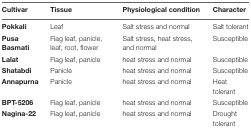
<table><thead><tr><td><b>Cultivar</b></td><td><b>Tissue</b></td><td><b>Physiological condition</b></td><td><b>Character</b></td></tr></thead><tbody><tr><td><b>Pokkali</b></td><td>Leaf</td><td>Salt stress and normal</td><td>Salt tolerant</td></tr><tr><td><b>Pusa Basmati</b></td><td>Flag leaf, panicle, leaf, root, flower</td><td>Salt stress, heat stress, and normal</td><td>Susceptible</td></tr><tr><td><b>Lalat</b></td><td>Flag leaf, panicle</td><td>heat stress and normal</td><td>Susceptible</td></tr><tr><td><b>Shatabdi</b></td><td>Panicle</td><td>heat stress and normal</td><td>Susceptible</td></tr><tr><td><b>Annapurna</b></td><td>Panicle</td><td>heat stress and normal</td><td>Heat tolerant</td></tr><tr><td><b>BPT-5206</b></td><td>Flag leaf, panicle</td><td>heat stress and normal</td><td>Susceptible</td></tr><tr><td><b>Nagina-22</b></td><td>Flag leaf, panicle</td><td>heat stress and normal</td><td>Drought tolerant</td></tr></tbody></table>